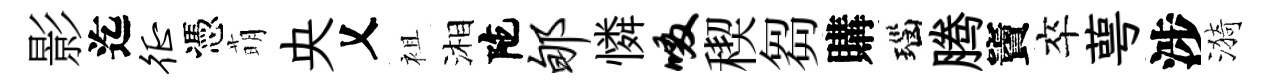
影迄徵憑萌央乂袓湘陀郇憐啜稧芻購瑙腾竇卒萼涉漪